Vaccine operations Central Provinces 1868-1885 - 1868-1885
Year: 1868
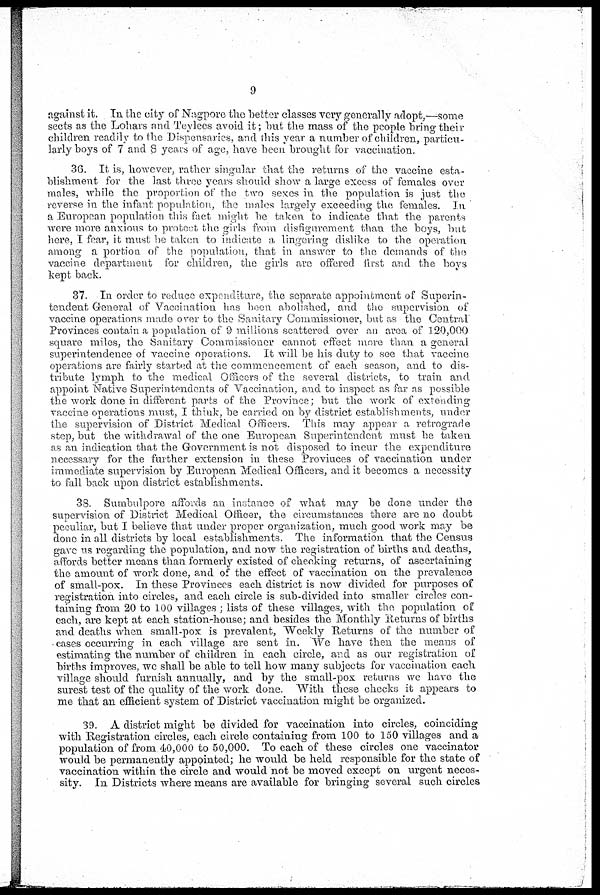
9
against it. In the city of Nagpore the better classes very generally adopt,—some
sects as the Lohars and Teylees avoid it; but the mass of the people bring` their
children readily to the Dispensaries, and this year a number of children, particu-
larly boys of 7 and 8 years of age, have been brought for vaccination.
36. It is, however, rather singular that the returns of the vaccine esta-
blishment for the last three years should show a large excess of females over
males, while the proportion of the two sexes in the population is just the
reverse in the infant population, the males largely exceeding the females. In
a European population this fact might be taken to indicate that the parents
were more anxious to protect the girls from disfigurement than the boys, but
here, I fear, it must be taken to indicate a lingering dislike to the operation
among a portion of the population, that in answer to the demands of the
vaccine department for children, the girls are offered first and the boys
kept back.
37. In order to reduce expenditure, the separate appointment of Superin-
tendent General of Vaccination has been abolished, and the supervision of
vaccine operations made over to the Sanitary Commissioner, but as the Central
Provinces contain a population of 9 millions scattered over an area of 120,000
square miles, the Sanitary Commissioner cannot effect more than a general
superintendence of vaccine operations. It will be his duty to see that vaccine
operations are fairly started at the commencement of each season, and to dis-
tribute lymph to the medical Officers of the several districts, to train and
appoint Native Superintendents of Vaccination, and to inspect as far as possible
the work done in different parts of the Province; but the work of extending
vaccine operations must, I think, be carried on by district establishments, under
the supervision of District Medical Officers. This may appear a retrograde
step, but the withdrawal of the one European Superintendent must be taken
as an indication that the Government is not disposed to incur the expenditure
necessary for the further extension in these Proviuces of vaccination under
immediate supervision by European Medical Officers, and it becomes a necessity
to fall back upon district establishments.
38. Sumbulpore affords an instance of what may be done under the
supervision of District Medical Officer, the circumstances there are no doubt
peculiar, but I believe that under proper organization, much good work may be
done in all districts by local establishments. The information that the Census
gave us regarding the population, and now the registration of births and deaths,
affords better means than formerly existed of checking returns, of ascertaining
the amount of work done, and of the effect of vaccination on the prevalence
of small-pox. In these Provinces each district is now divided for purposes of
registration into circles, and each circle is sub-divided into smaller circles con-
taining from 20 to 100 villages ; lists of these villages, with the population of
each, are kept at each station-house; and besides the Monthly Returns of births
and deaths when small-pox is prevalent, Weekly Returns of the number of
cases occurring in each village are sent in. We have then the means of
estimating the number of children in each circle, and as our registration of
births improves, we shall be able to tell how many subjects for vaccination each
village should furnish annually, and by the small-pox returns we have the
surest test of the quality of the work done. With these checks it appears to
me that an efficient system of District vaccination might be organized.
39. A district might be divided for vaccination into circles, coinciding
with Registration circles, each circle containing from 100 to 150 villages and a
population of from 40,000 to 50,000. To each of these circles one vaccinator
would be permanently appointed; he would be held responsible for the state of
vaccination within the circle and would not be moved except on urgent neces-
sity. In Districts where means are available for bringing several such circles